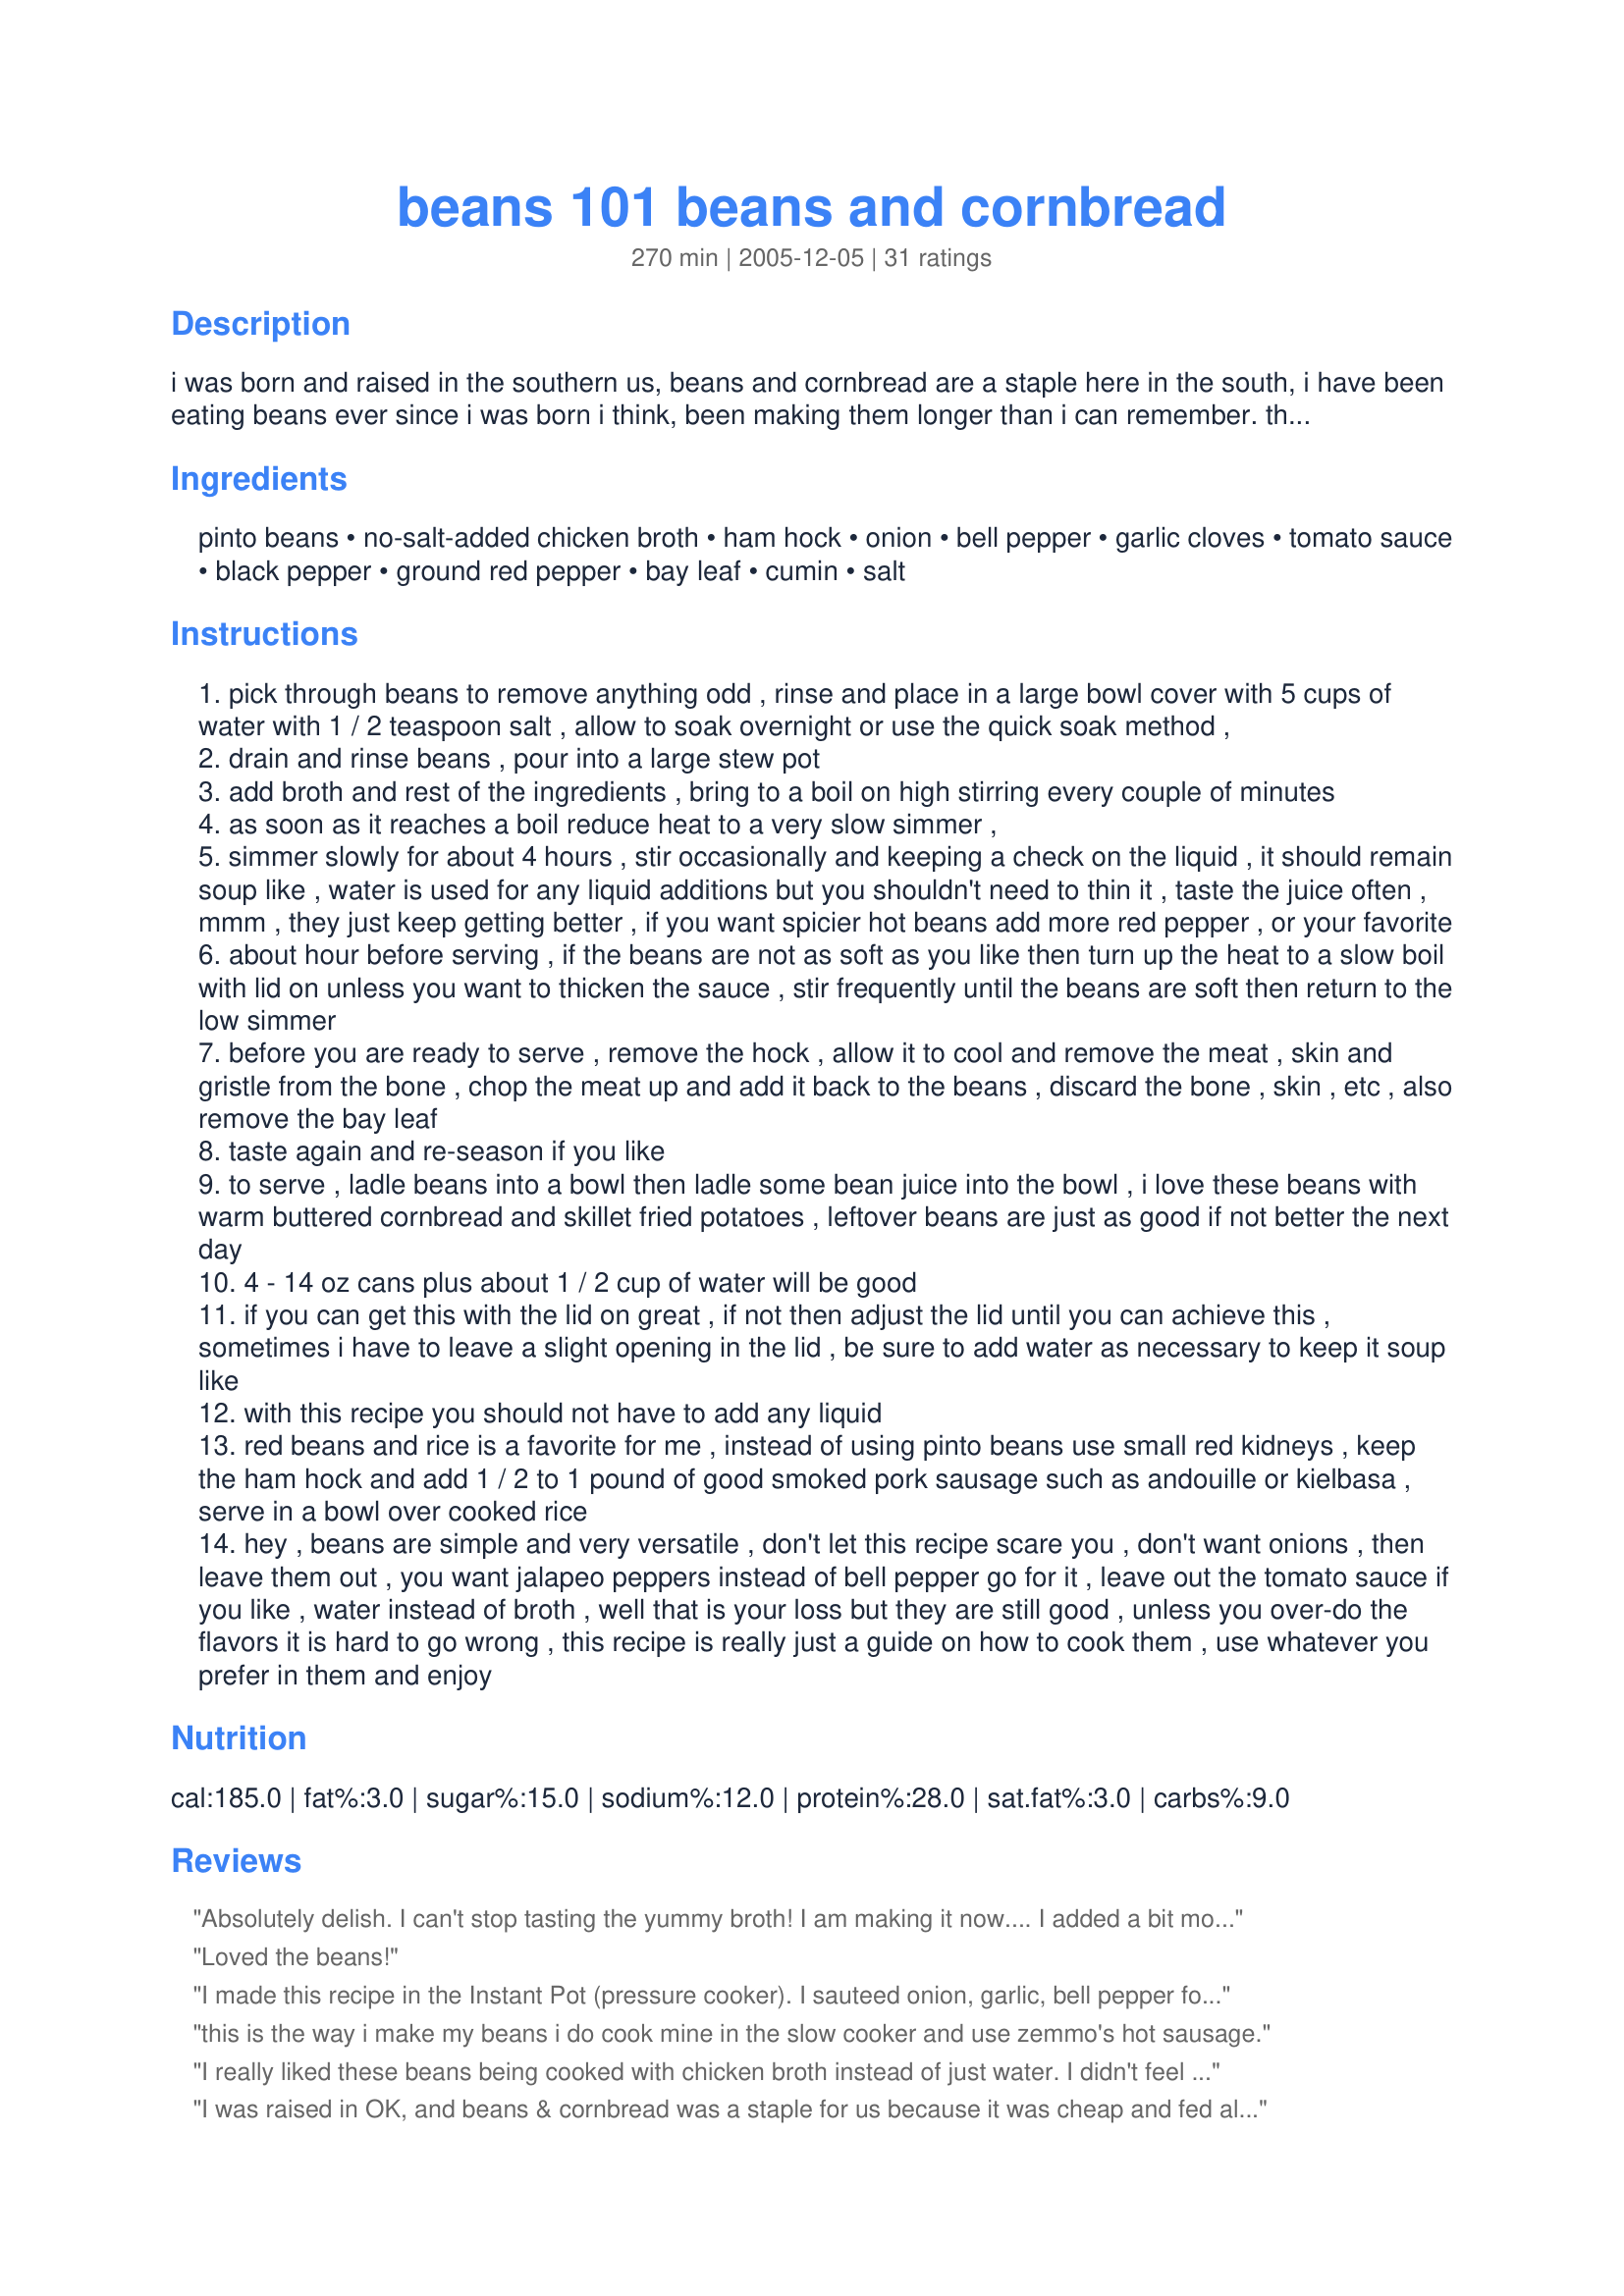
beans 101 beans and cornbread
Preparation time: 270 minutes

i was born and raised in the southern us, beans and cornbread are a staple here in the south, i have been eating beans ever since i was born i think, been making them longer than i can remember. there are so many ways to flavor beans and cook them. my father uses the same technique, but he uses water and onions, a little salt and that is it. my cousin just pours them into a pot and boils them for about an hour to an hour and a half and there done, no soaking, no onion, no anything but a little salt. but we all eat them with cornbread, whether poured over top of the cornbread in a bowl or like me, buttered cornbread on the side crumbling a little on top of the beans as i am eating them.

Ingredients:
pinto beans, no-salt-added chicken broth, ham hock, onion, bell pepper, garlic cloves, tomato sauce, black pepper, ground red pepper, bay leaf, cumin, salt

Steps:
pick through beans to remove anything odd , rinse and place in a large bowl cover with 5 cups of water with 1 / 2 teaspoon salt , allow to soak overnight or use the quick soak method ,
drain and rinse beans , pour into a large stew pot
add broth and rest of the ingredients , bring to a boil on high stirring every couple of minutes
as soon as it reaches a boil reduce heat to a very slow simmer ,
simmer slowly for about 4 hours , stir occasionally and keeping a check on the liquid , it should remain soup like , water is used for any liquid additions but you shouldn't need to thin it , taste the juice often , mmm , they just keep getting better , if you want spicier hot beans add more red pepper , or your favorite
about hour before serving , if the beans are not as soft as you like then turn up the heat to a slow boil with lid on unless you want to thicken the sauce , stir frequently until the beans are soft then return to the low simmer
before you are ready to serve , remove the hock , allow it to cool and remove the meat , skin and gristle from the bone , chop the meat up and add it back to the beans , discard the bone , skin , etc , also remove the bay leaf
taste again and re-season if you like
to serve , ladle beans into a bowl then ladle some bean juice into the bowl , i love these beans with warm buttered cornbread and skillet fried potatoes , leftover beans are just as good if not better the next day
4 - 14 oz cans plus about 1 / 2 cup of water will be good
if you can get this with the lid on great , if not then adjust the lid until you can achieve this , sometimes i have to leave a slight opening in the lid , be sure to add water as necessary to keep it soup like
with this recipe you should not have to add any liquid
red beans and rice is a favorite for me , instead of using pinto beans use small red kidneys , keep the ham hock and add 1 / 2 to 1 pound of good smoked pork sausage such as andouille or kielbasa , serve in a bowl over cooked rice
hey , beans are simple and very versatile , don't let this recipe scare you , don't want onions , then leave them out , you want jalapeo peppers instead of bell pepper go for it , leave out the tomato sauce if you like , water instead of broth , well that is your loss but they are still good , unless you over-do the flavors it is hard to go wrong , this recipe is really just a guide on how to cook them , use whatever you prefer in them and enjoy

Reviews:
Absolutely delish. I can't stop tasting the yummy broth! I am making it now.... I added a bit more cayenne pepper and it is just the right amount of kick ... this recipe is wonderful and I am so happy with my first pot of beans. I am making some greens now from another recipe and will put the corn bread in soon.. YUM, THANKS so much for the guidance Chipfo!!!!!!!! :)
Loved the beans!
I made this recipe in the Instant Pot (pressure cooker). I sauteed onion, garlic, bell pepper for about five minutes and then dumped everything else in the pot (minus salt - I add salt at end of cooking beans because apparently it can make beans harder if you add at beginning of cooking). I used dry, unsoaked beans -- and just put them right in the pot with everything else. I set to manual and time for 35 minutes (that is, cooking under pressure for 35 minutes). I used natural release (not quick release). These came out nice. The beans cooked all the way through. As others mentioned, it is a thinner pinto bean recipe. You can leave lid off and cook a while. Personally I like the consistency with the juice the way it was.
this is the way i make my beans i do cook mine in the slow cooker and use zemmo's hot sausage.
I really liked these beans being cooked with chicken broth instead of just water. I didn't feel it necessary to cook mine quite as long. I just chopped everything and placed the items in the pot after having soaked them, and they were done in about 2 hrs. time since I'd soaked them longer than overnight(about a day 1/2). Delicious with hot water cornbread! Will cook again!
I was raised in OK, and beans & cornbread was a staple for us because it was cheap and fed all five of us kids. My mom cooked beans just like the way these came out and I was sent back to 1960. Thanks Chip
Saw this on the site and Chipfo was the featured chef. I soaked my beans last night and as I was cooking them today, the aroma that filled my house was wonderful. I kept going back and tasting the broth and it was to die for. No adjustments were needed as this is now the only way that I will cook pinto beans. Chip you do your Mama proud. Thanks a millin for this delicious bean recipe. It is definately a keeper!
I love this recipe.!!!! Just as stated info on cooking beans. I love cook beans and this gives the many ways it can be done. My beans have turned out so much better after reading and following your recipe and info. Thank You so much for posting.Hugs
This is a marvelous bean recipe. I loved the seasoning just the way it's written. I did choose to use jalapenos rather than bell peppers. I like my beans fairly thick so I did cook them uncovered for the first three hours. I'll make them just like this the next time. Perfect with cornbread and broccoli salad. Thanks for all the suggestions and tips, Chipfo.
Can't believe I never rated this! Have made several times. Last time I was short on time, had lots of ham (no hock). Did the quick method for the beans and chopped up the ham. Cooked the whole thing on med-low, which kept it at a very low boil, for 1.5 hours, and it was still fantastic! Thank you!
I made this for a halloween party last night, and what a hit! I didn't have bell pepper or tomato sauce, so I put in about 2 tablespoons of hot sauce. I also used half chicken broth and half ham broth because I didn't have enough chicken broth. I think the chicken broth alone would have been better, but that was my fault and it was still very delicious! Thanks for posting so many details and helpful hints, it really made a difference!
The best bean recipe ever. Any true Southerner knows a good pot of beans when he/she sees (or tastes!) one. Thanks for sharing this perfected recipe for the rest of us to enjoy.
My beans are on the stove as I type this up. I couldn't wait. Ever since I tasted the broth I can't stay out of the pot. This is the first time I've ever made beans and the first time I will eat beans and cornbread for dinner. I made mine with homemade chicken broth, I also used 4 ham hocks. I found in my freezer a very meaty ham bone, so I boiled it separetly. I cut the meat from the bone and added it to the beans and even though the broth didn't need any added liquid, I added the liquid from boiling the ham for added flavor and boy is it flavorful. I can't wait until dinner. I am having cornbread and homemade potato salad. Can't wait! Thanks for teaching me how to make beans Chipfo!
Best bean recipe ever. I tweaked it a little but excellent even without any alteration. Thanku
When I made this yesterday for a friend, she called me and said, "Girl, you can make a pot of beans!" That says it all. This was really good and easy to follow. I cooked mine in the crockpot all day on low (about 9 1/2 hours). I also mashed some of the beans with a masher to thicken the sauce. EXCELLENT! I will definitely use this recipe again and again as it is the best bean recipe I have tried. Thanks for posting!
Very Good!!!!! Thanks so much!!!!
Thanks for the delicious bean recipe that the whole family enjoyed. I didn't change anything in the recipe & I'm glad I didn't. I served them with cornbread.
I followed this recipe exactly as it was except I didn't add any salt whatsoever and it was just awesome. Served it with sweet homemade corn bread. Fantastic. Thank you!
Well....I wasn't born in the south but I am a southern girl in heart and I LOVE beans and cornbread! This was outstanding and very well written and described. I got my beans and cornbread craving answered in a wonderful way with your recipe! Thanks Chipfo!
I'm almost 60 and also was raised on cornbread and beans. I make them once a week and have all my life I guess. 
I change what I flavor I'm in the mood for up from time to time by changing meat ingredient and spices, but still use the same method as this recipe.
People that have them a lot almost always say they like them better the next day when the juice has thickened.
I always tell them how I watched my grandmother make them when I was a child and how she made fresh beans taste like 2nd day beans. She used an old fashion potato masher when the beans had become tender. A few smashes releases the starch in the beans and you can't tell they have been mashed at all, just a thicker juice. I have also used the back of a large spoon with the same results. 
Thanks for posting this classic standard!!
You know, I was born and raised up in Mobile, AL. and definitely ham and beans and cornbread was one of our staples. I always thought that my Mom made the best beans going but they don;t hold a candle to this, Sorry, Mom!!!
I changed up this recipe so much and it was still delicious. And it's probably even better as written. I eliminated the ham (vegetarian) and added a bit of olive oil. I used veggie broth instead of chicken. I used 2 cans of pinto beans instead of dried ones. I left out the garlic, as DH hates it. And with all those changes, it was still wonderful. We dipped corn bread in it (Recipe #51550) and served it with greens and soy sausage. What a tasty, warm, satisfying meal. A dash of tabasco spices it up..
Thank you so much for the recipe/instructions. I've never had my beans come out as good as Mom's. Well, DH said these were the best I'd ever made...and he was RIGHT! DS even had 2 helpings. The only changes I made: I deleted the tomato sauce (heard beans won't get tender in an acidic berw) and I lowered the chicken broth to 6 cups and used the crockpot. DH was grousing since I didn't double the recipe....well, I will next week!
First off I have to say that I came into this recipe blindly. I love soup beans and cornbread. I'm from KY so it is a traditional thing in my family. But I did not have all the ingredients. This is where it get a little funny. I only had 2 chicken bouillon cubes. So frantically searching the kitchen for some sort of a substitute I found....two chicken ramen noodle packets. LOL I KNOW, I KNOW! So I used the chicken seasoning in those and then realized that only brought me up to about 4 cups of broth! What to do, what to do? Ah! I used 4 beef bouillon cubes. Other than that I used everything as instructed. Sounds a little strange but I really like the was mine turned out. Just that it was a wee bit salty. I think the ramen seasoning is to blame for that. This was delicious. Maybe next time I will do it your way! LOL Or maybe not...Chicken, beef, and pork all flowing together..Never thought it would taste sooo goood!
These were delicious. Went perfect with the cornbread and it makes a lot so I'll have a hot meal for lunch this whole week.
Hands down best bean recipe EVER on the planet! This is The ONLY WAY to make them. So much flavor it's like a firework of flavors exploding in your mouth.
Just got done eating a bowl. These were really good! Mine were really soupy after simmering for 4 hours, so I added a cup and a half of rice, and 25 minutes later, it is nice and thick and a wonderful meal. Thanks for sharing. Only thing other than the rice that I changed was to add in some hot sauce and more cayenne pepper. Thanks again.
My husband is from the south so he loves beans and cornbread. I am from north I had never made them. I found this recipe and decided to surprise my husband. OMG! He loved them and he said they were better then his moms!!! Thank you so much for posting this was well written and easy to follow!
Well Chip - never let it be said you can't teach an old cook new tricks! These beans are awesome! I did a little of your Dad's method and a little of yours. I only used 2 cups chicken broth, mostly water and the leftover ham bone from our Christmas dinner. Threw in a smoked ham hock for extra flavor and these beans ROCK!! Made with Recipe#4496 and it was an awesome pairing. I wish now I would have made this for Daddy before he died; this was his favorite meal of all time. Thanks Chip, job well done!
I moved away from the south and forgot how good a bowl full of beans with cornbread could be! Your recipe tastes just like the ones my Grandma used to make! Thanks a bunch for the best comfort food recipe...
excellent recipe! i also like this served with a little relish.
